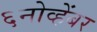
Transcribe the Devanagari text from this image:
६नोव्हेंबर